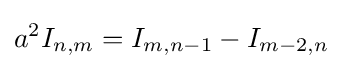
a^{2}I_{n,m}=I_{m,n-1}-I_{m-2,n}\,\!